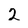
Character: 2